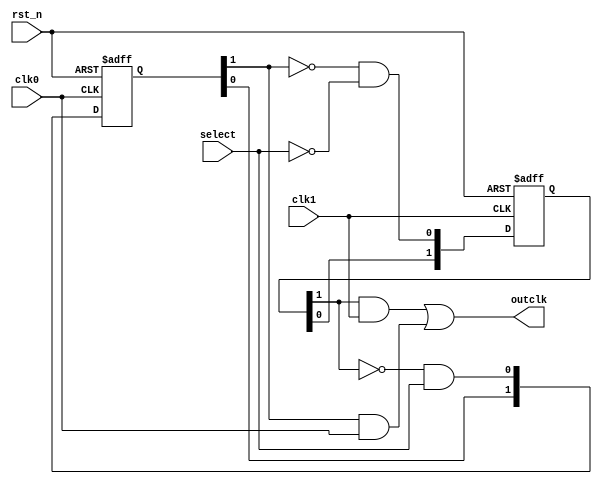

//,
module changeDiffClk (
    input  wire clk1,
    input  wire clk0,
    input  wire select,
    input  wire rst_n,
    output  wire outclk 
);

    reg [1:0] out0, out1;

    always @(posedge clk1 or negedge rst_n) begin
    if (rst_n == 1'b0) begin
        out1 <= 0;
    end
    else begin
        out1 <= { out1[0] ,~out0[1] & ~select}; 
    end
    end

    always @(posedge clk0 or negedge rst_n) begin
        if (rst_n == 1'b0) begin
            out0 <= 0;
        end
        else begin
            out0 <= { out0[0] , ~out1[1] & select};
        end
    end

    assign outclk = (out1[1]&clk1) | (out0[1]&clk0);
endmodule